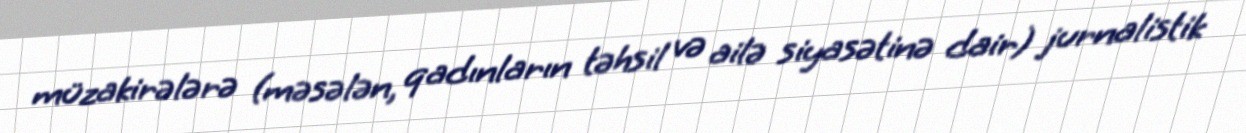
müzakirələrə (məsələn, qadınların təhsil və ailə siyasətinə dair) jurnalistik